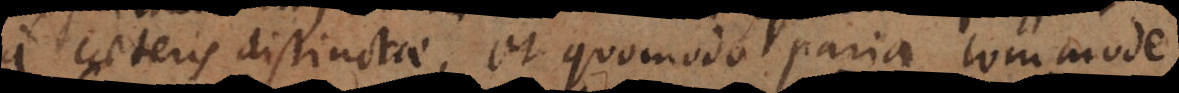
a caeteris distinctae, et quomodo paria commode